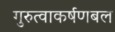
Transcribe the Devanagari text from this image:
गुरुत्वाकर्षणबल